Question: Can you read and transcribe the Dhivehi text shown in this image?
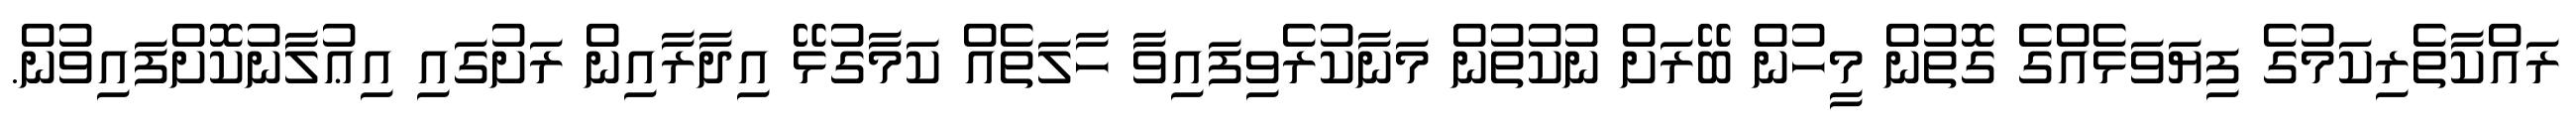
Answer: ރައްކާތެރިކަމުގެ ފިޔަވަޅެއްގެ ގޮތުން މީހުން ބޭރަށް ނުކުތުން މަނާކުރެވިފައިވާ ހާލަތެއް ކަމާގުޅޭ އިދާރާއިން ރަށުގައި އިޢުލާނުކޮށްފައިވުން.